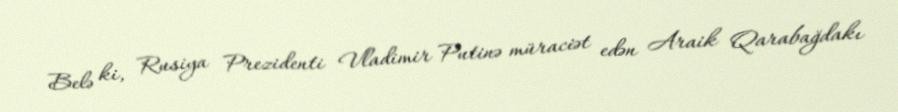
Belə ki, Rusiya Prezidenti Vladimir Putinə müraciət edən Araik Qarabağdakı